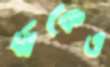
র‍্যাকেও